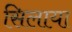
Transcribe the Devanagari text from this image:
सिलाया